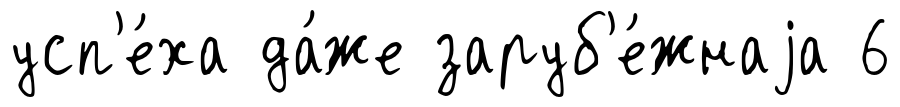
усп'е́ха да́же заруб'е́жнаjа 6